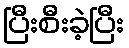
ပြီးစီးခဲ့ပြီး